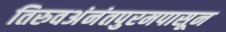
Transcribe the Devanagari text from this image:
तिरुवअंनंतपुरमपासून